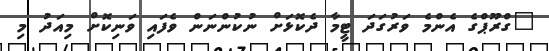
"ގްރޫޕްގެ އެންމެ ވަރުގަދަ ޓީމާ ދެކޮޅަށް ނުކުންނަން ވެފައި ވަނިކޮށް މިއަދު މި